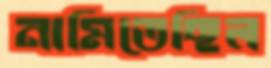
নামিতেছিল